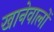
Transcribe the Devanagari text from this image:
खानेवालों